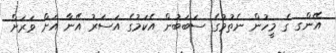
އޭންގ ގެ މީހުން ނެތުމުގެ ސަބަބުން އެކަމުގެ އަސަރު އޭނާ އަށް ވަރަށް